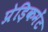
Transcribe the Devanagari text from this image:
प्रेड़िकमेंट